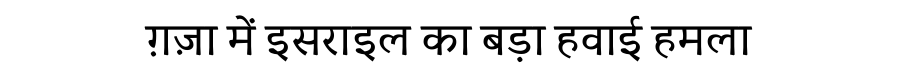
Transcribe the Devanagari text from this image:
ग़ज़ा में इसराइल का बड़ा हवाई हमला